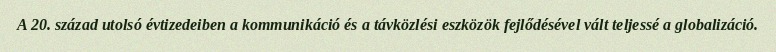
A 20. század utolsó évtizedeiben a kommunikáció és a távközlési eszközök fejlődésével vált teljessé a globalizáció.